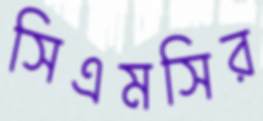
সিএমসির